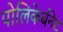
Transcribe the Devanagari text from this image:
पोलिकेर्बनेट